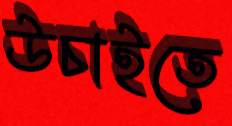
উচাইতে